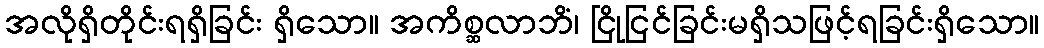
အလိုရှိတိုင်းရရှိခြင်း ရှိသော။ အကိစ္ဆလာဘိံ၊ ငြိုငြင်ခြင်းမရှိသဖြင့်ရခြင်းရှိသော။